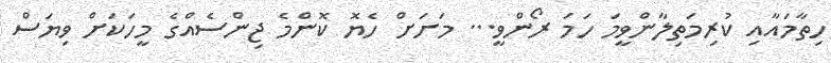
ހިތާމައާއި ކުރިމަތިލާންވީމަ ހަމަ ރޯންވީ... މަށަށް ހެޔޮ ކޮންމެ ޖިންސެއްގެ މީހަކަށް ވިޔަސް